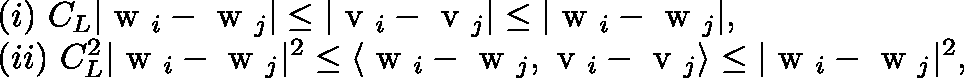
\begin{array} { r } { \begin{array} { r l } & { ( i ) ~ C _ { L } | \mathrm { \boldmath ~ w ~ } _ { i } - \mathrm { \boldmath ~ w ~ } _ { j } | \le | \mathrm { \boldmath ~ v ~ } _ { i } - \mathrm { \boldmath ~ v ~ } _ { j } | \le | \mathrm { \boldmath ~ w ~ } _ { i } - \mathrm { \boldmath ~ w ~ } _ { j } | , } \\ & { ( i i ) ~ C _ { L } ^ { 2 } | \mathrm { \boldmath ~ w ~ } _ { i } - \mathrm { \boldmath ~ w ~ } _ { j } | ^ { 2 } \le \langle \mathrm { \boldmath ~ w ~ } _ { i } - \mathrm { \boldmath ~ w ~ } _ { j } , \mathrm { \boldmath ~ v ~ } _ { i } - \mathrm { \boldmath ~ v ~ } _ { j } \rangle \le | \mathrm { \boldmath ~ w ~ } _ { i } - \mathrm { \boldmath ~ w ~ } _ { j } | ^ { 2 } , } \end{array} } \end{array}